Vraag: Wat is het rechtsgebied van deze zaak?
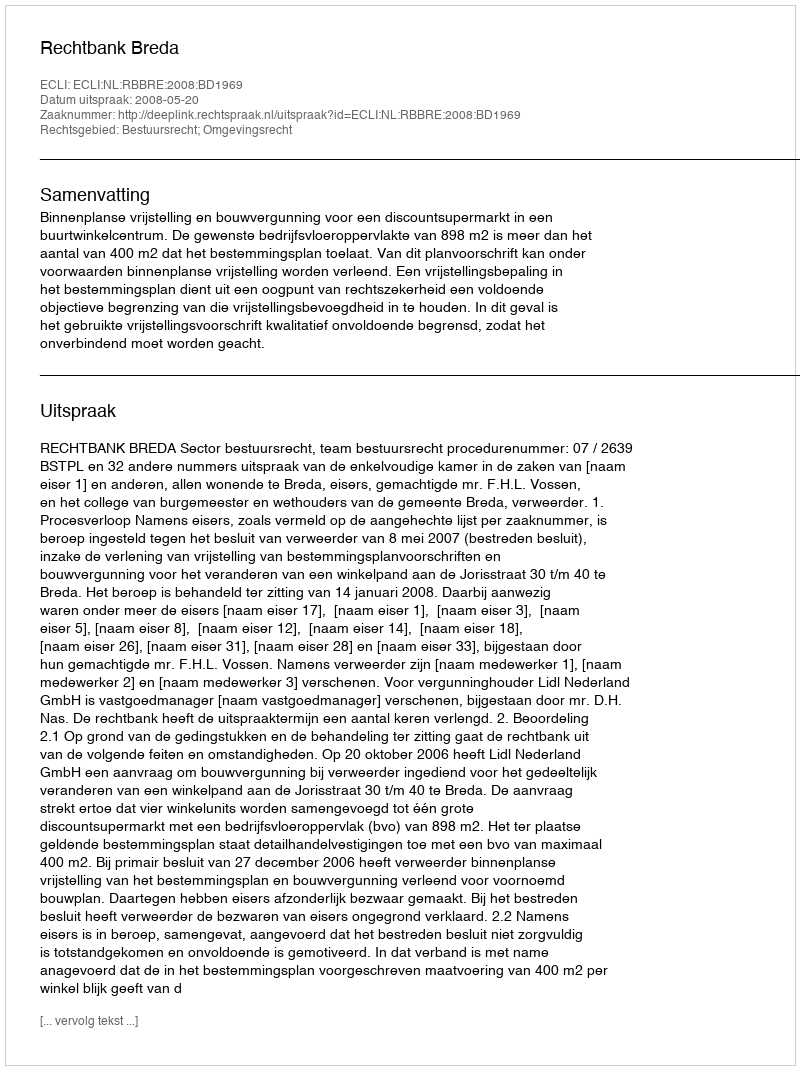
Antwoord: Bestuursrecht; Omgevingsrecht